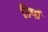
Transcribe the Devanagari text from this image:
डिपों